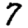
Digit: 7